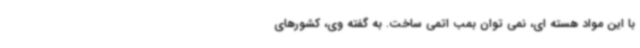
با این مواد هسته ای، نمی توان بمب اتمی ساخت. به گفته وی، کشورهای